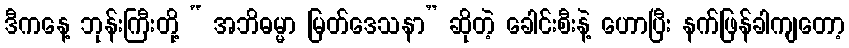
ဒီကနေ့ ဘုန်းကြီးတို့ “ အဘိဓမ္မာ မြတ်ဒေသနာ” ဆိုတဲ့ ခေါင်းစီးနဲ့ ဟောပြီး နက်ဖြန်ခါကျတော့